Annual report on the mental hospital in the Central Provinces and Berar (Nagpur) - 1927-1951
Year: 1927
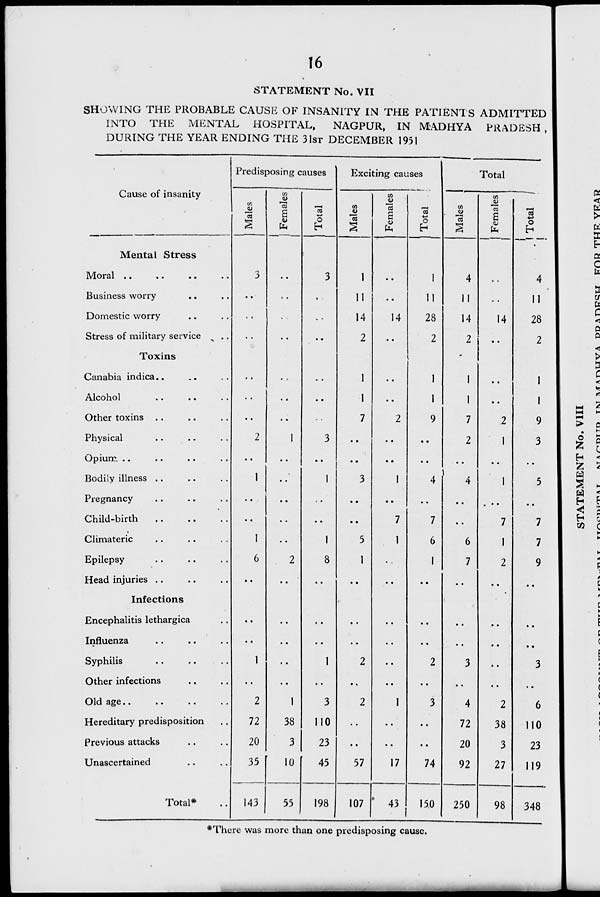
16
STATEMENT No. VII
SHOWING THE PROBABLE CAUSE OF INSANITY IN THE PATIENTS ADMITTED
INTO THE MENTAL HOSPITAL,
NAGPUR, IN MADHYA PRADESH ,
DURING THE YEAR ENDING THE 31ST DECEMBER 1951
•
Predisposing causes
Exciting cai :ses
*->
o
H
Total
Cause of insanity
CO
| Females
CO
*->
o
co
jy
i
CO
"3
s
CO
s
"as
CO
<u
CO
a
"c3 a
o
Mental Stress
•
Moral
3
••
3
i
1
4
4
Business worry
••■
••
•
ii
11
11
..
11
Domestic worry
••
• •
14
14
28
14
14
28
Stress of military service ^ ..
• •
2
2
2
..
2
Toxins
-
Canabia indica
1
1
1
, t
1
Alcohol
••
1
1
1
..
1
Other toxins
• •
••
7
2
9
7
2
9
Physical
2
1
3
••
••
..
2
1
3
Opium.
••
••
• •
• •
..
Bodily illness
1
••
1
3
1
4
4
1
5
Pregnancy
••
••
• •
..
..
. • •
Child-birth
••
7
7
..
7
7
Climateric
1
••
1
5
1
6
6
1
7
Epilepsy
6
2
8
1
1
7
2
9
Head injuries
••
••
• •
..
..
Infections
i
i
Encephalitis lethargica
••
..
Influenza
••
..
..
..
Syphilis
1
1
2
2
3
..
3
Other infections
• .
.•
..
Old age
2
1
3
2
1
3
4
2
6
Hereditary predisposition
72
38
110
72
38
110
Previous attacks
20
3
23
20
3
23
Unascertained
35 r
10 r 45
57
17
74
92
27
119
Total*
143
55
198
107 • 43
i
150
250
98
348
o
H
H
03
^There was more than one predisposing cause.